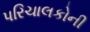
પરિચાલકોની